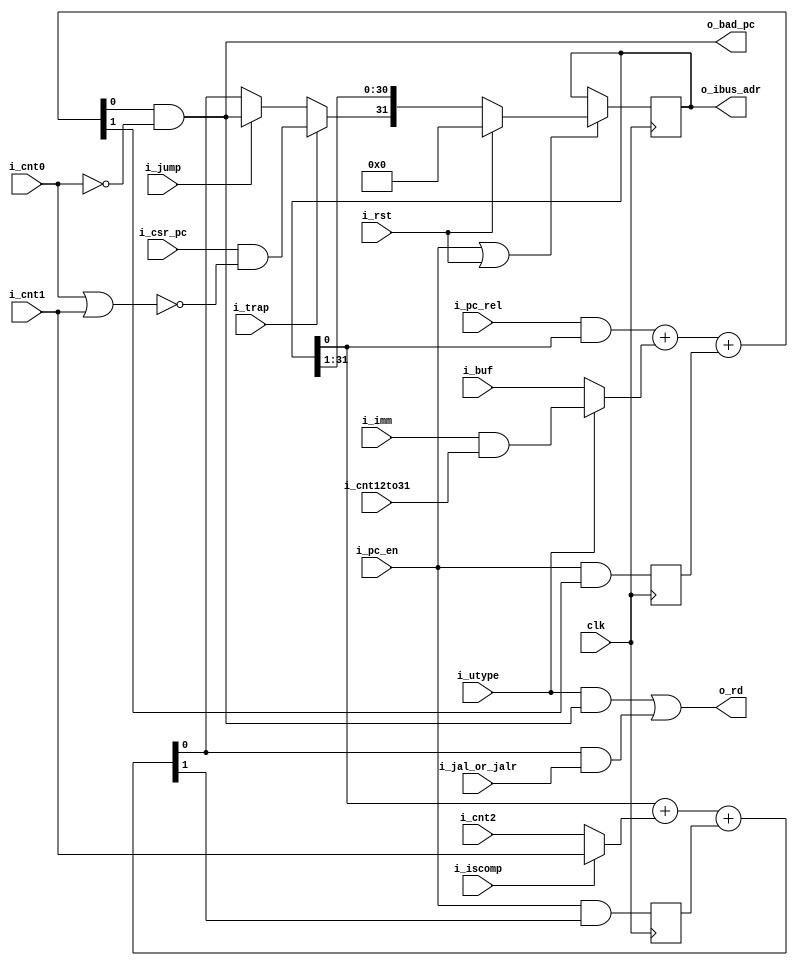
`default_nettype none
module serv_ctrl
  #(parameter RESET_STRATEGY = "MINI",
    parameter RESET_PC = 32'd0,
    parameter WITH_CSR = 1,
    parameter W = 1,
    parameter B = W-1
  )
  (
   input wire 	     clk,
   input wire 	     i_rst,
   //State
   input wire 	     i_pc_en,
   input wire 	     i_cnt12to31,
   input wire 	     i_cnt0,
   input wire        i_cnt1,
   input wire 	     i_cnt2,
   //Control
   input wire 	     i_jump,
   input wire 	     i_jal_or_jalr,
   input wire 	     i_utype,
   input wire 	     i_pc_rel,
   input wire 	     i_trap,
   input wire        i_iscomp,
   //Data
   input wire [B:0] i_imm,
   input wire [B:0] i_buf,
   input wire [B:0] i_csr_pc,
   output wire [B:0] o_rd,
   output wire [B:0] o_bad_pc,
   //External
   output reg [31:0] o_ibus_adr);

   wire [B:0] pc_plus_4;
   wire       pc_plus_4_cy;
   reg 	      pc_plus_4_cy_r;
   wire [B:0] pc_plus_4_cy_r_w;
   wire [B:0] pc_plus_offset;
   wire       pc_plus_offset_cy;
   reg	      pc_plus_offset_cy_r;
   wire [B:0] pc_plus_offset_cy_r_w;
   wire [B:0] pc_plus_offset_aligned;
   wire [B:0] plus_4;

   wire [B:0] pc = o_ibus_adr[B:0];

   wire [B:0] new_pc;

   wire [B:0] offset_a;
   wire [B:0] offset_b;

  /*  If i_iscomp=1: increment pc by 2 else increment pc by 4  */

   generate
      if (W == 1) begin : gen_plus_4_w_eq_1
	 assign plus_4 = i_iscomp ? i_cnt1 : i_cnt2;
      end else if (W == 4) begin : gen_plus_4_w_eq_4
	 assign plus_4 = (i_cnt0 | i_cnt1) ? (i_iscomp ? 2 : 4) : 0;
      end
   endgenerate

   assign o_bad_pc = pc_plus_offset_aligned;

   assign {pc_plus_4_cy,pc_plus_4} = pc+plus_4+pc_plus_4_cy_r_w;

   generate
      if (|WITH_CSR) begin : gen_csr
	 if (W == 1) begin : gen_new_pc_w_eq_1
	    assign new_pc = i_trap ? (i_csr_pc & !(i_cnt0 || i_cnt1)) : i_jump ? pc_plus_offset_aligned : pc_plus_4;
         end else if (W == 4) begin : gen_new_pc_w_eq_4
	    assign new_pc = i_trap ? (i_csr_pc & ((i_cnt0 || i_cnt1) ? 4'b1100 : 4'b1111)) : i_jump ? pc_plus_offset_aligned : pc_plus_4;
	 end
      end else begin : gen_no_csr
	 assign new_pc = i_jump ? pc_plus_offset_aligned : pc_plus_4;
      end
   endgenerate
   assign o_rd  = ({W{i_utype}} & pc_plus_offset_aligned) | (pc_plus_4 & {W{i_jal_or_jalr}});

   assign offset_a = {W{i_pc_rel}} & pc;
   assign offset_b = i_utype ? (i_imm & {W{i_cnt12to31}}) : i_buf;
   assign {pc_plus_offset_cy,pc_plus_offset} = offset_a+offset_b+pc_plus_offset_cy_r_w;

   generate
   if (W>1) begin : gen_w_gt_1
	 assign pc_plus_offset_aligned[B:1] = pc_plus_offset[B:1];
	 assign pc_plus_offset_cy_r_w[B:1] = {B{1'b0}};
	 assign pc_plus_4_cy_r_w[B:1] = {B{1'b0}};
   end
   endgenerate

   assign pc_plus_offset_aligned[0] = pc_plus_offset[0] & !i_cnt0;
   assign pc_plus_offset_cy_r_w[0] = pc_plus_offset_cy_r;
   assign pc_plus_4_cy_r_w[0] = pc_plus_4_cy_r;

   initial if (RESET_STRATEGY == "NONE") o_ibus_adr = RESET_PC;

   always @(posedge clk) begin
      pc_plus_4_cy_r <= i_pc_en & pc_plus_4_cy;
      pc_plus_offset_cy_r <= i_pc_en & pc_plus_offset_cy;

      if (RESET_STRATEGY == "NONE") begin
	 if (i_pc_en)
	   o_ibus_adr <= {new_pc, o_ibus_adr[31:W]};
      end else begin
	 if (i_pc_en | i_rst)
	   o_ibus_adr <= i_rst ? RESET_PC : {new_pc, o_ibus_adr[31:W]};
      end
   end
endmodule